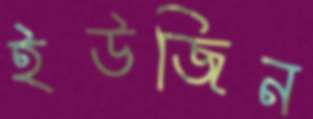
ইউজিন